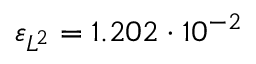
\varepsilon _ { L ^ { 2 } } = 1 . 2 0 2 \cdot 1 0 ^ { - 2 }